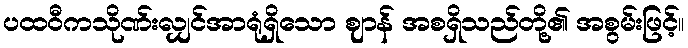
ပထဝီကသိုဏ်းလျှင်အာရုံရှိသော ဈာန် အစရှိသည်တို့၏ အစွမ်းဖြင့်။